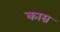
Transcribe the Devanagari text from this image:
काम्र